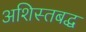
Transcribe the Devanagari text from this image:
अशिस्तबद्ध